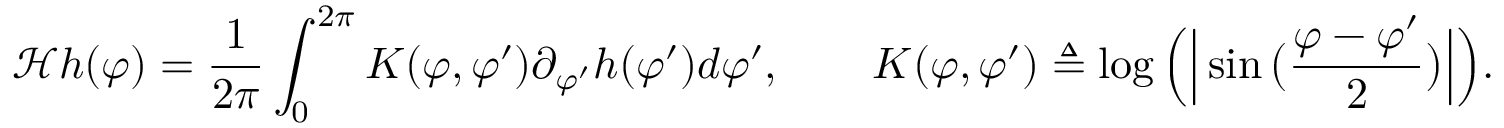
\mathcal { H } h ( \varphi ) = \frac { 1 } { 2 \pi } \int _ { 0 } ^ { 2 \pi } K ( \varphi , \varphi ^ { \prime } ) \partial _ { \varphi ^ { \prime } } h ( \varphi ^ { \prime } ) d \varphi ^ { \prime } , \qquad K ( \varphi , \varphi ^ { \prime } ) \triangleq \log \Big ( \Big | \sin \big ( \frac { \varphi - \varphi ^ { \prime } } { 2 } \big ) \Big | \Big ) .